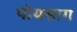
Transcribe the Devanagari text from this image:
पोयसाग